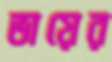
ভায়ের